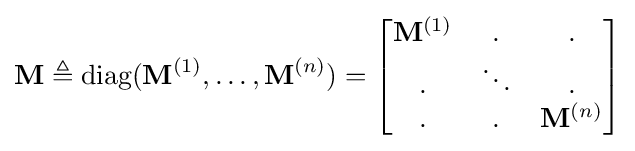
\mathbf {M} \triangleq {\text{diag}}(\mathbf {M} ^{(1)},\dots ,\mathbf {M} ^{(n)})={\begin{bmatrix}\mathbf {M} ^{(1)}&.&.\\.&\ddots &.\\.&.&\mathbf {M} ^{(n)}\\\end{bmatrix}}